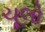
ચૂલો